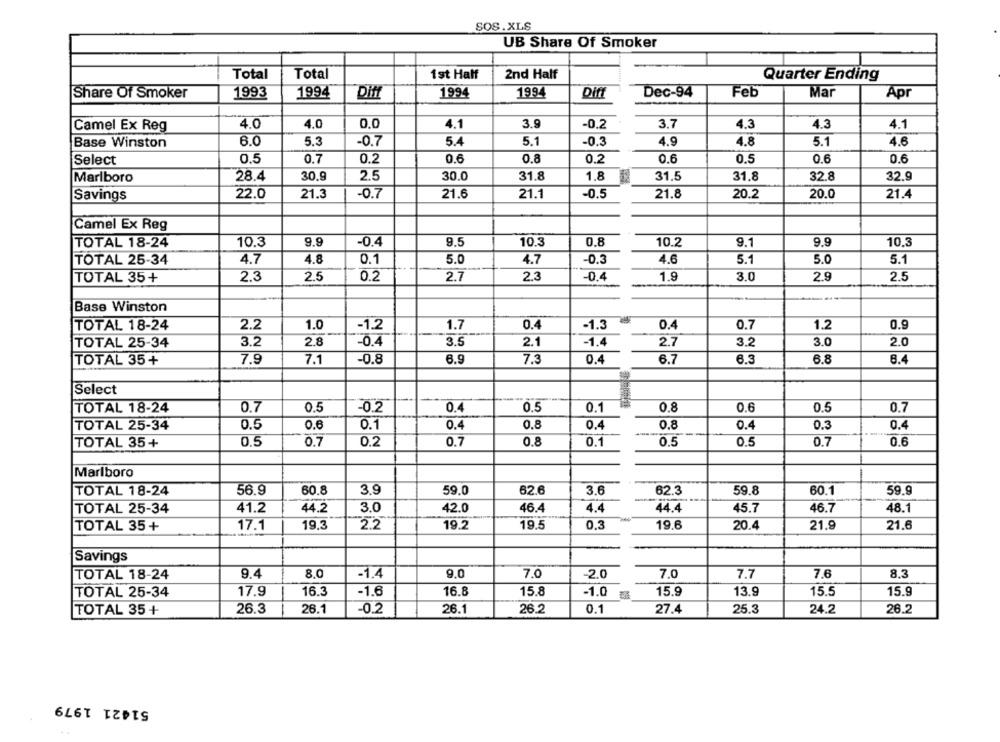
SOS.XLS
UB Share Of Smoker
Total
Total
1st Half
2nd Half
Quarter Ending
Share Of Smoker
1993
1994
Diff
1994
1994
Diff
Dec-94
Feb
Mar
Apr
Camel Ex Reg
4.0
4.0
0,0
4.1
3.9
-0.2
3.7
4.3
4.3
4.1
6.0
-0.7
5.4
5.1
-0.3
4.9
4.8
5.1
4.6
Base Winston
5.3
Select
0.5
0.7
0.2
0.6
0.8
0.2
0.6
0.5
0.6
0.6
Marlboro
28.4
30.9
2.5
30.0
31.8
1.8
31.5
31.8
32.8
32.9
-0.5
21.8
20.2
20.0
21.4
Savings
22.0
21.3
-0.7
21.6
21.1
Camel Ex Reg
TOTAL 18-24
10.3
9.9
-0.4
9.5
10.3
0.8
10.2
9.1
9.9
10.3
4.7
4.8
0.1
5.0
4.7
-0.3
4.6
5.1
5.0
5.1
TOTAL 25-34
TOTAL 35+
2.3
2.5
0.2
2.7
2.3
-0.4
1.9
3.0
2.9
2.5
Base Winston
TOTAL 18-24
2.2
1.0
-1.2
1.7
0.4
-1.3
0.4
0.7
1.2
0.9
3.2
2.8
-0.4
3.5
2.1
-1.4
3.0
2.0
TOTAL 25-34
2.7
3.2
TOTAL 35+
7.9
7.1
-0.8
6.9
7.3
0.4
6.7
6.3
6.8
6.4
Select
0.7
0.5
-0.2
0.4
0.5
0.1
0.8
0.6
0.5
0.7
TOTAL 18-24
0.8
0.8
0.4
TOTAL 25-34
0.5
0.6
0.1
0.4
0.4
0.4
0.3
TOTAL 35+
0.5
0.7
0.2
0.7
0.8
0.1
0.5
0.5
0.7
0.6
Marlboro
TOTAL 18-24
56.9
60.8
3.9
59.0
62.6
3.6
62.3
59.8
60.1
59.9
TOTAL 25-34
41.2
44.2
3.0
42.0
46.4
4.4
44.4
45.7
46.7
48.1
TOTAL 35+
17.1
19.3
2.2
19.2
19.5
0.3
19.6
20.4
21.9
21.6
Savings
TOTAL 18-24
9.4
8.0
-1.4
9,0
7.0
-2.0
7.0
7.7
7.6
8.3
TOTAL 25-34
17.9
16.3
-1.6
16.8
15.8
-1.0
15.9
13.9
15.5
15.9
26.1
27.4
25.3
TOTAL 35+
26.3
26.1
-0.2
26.2
0.1
24.2
26.2
51421 1979